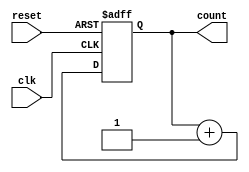
module async_reset_sync_counter #(
    parameter N = 4  // Parameter for the bit width of the counter
)(
    input wire clk,        // Clock input
    input wire reset,      // Asynchronous reset input
    output reg [N-1:0] count // N-bit counter output
);

// Always block for the counter functionality
always @(posedge clk or posedge reset) begin
    if (reset) begin
        count <= {N{1'b0}}; // Reset the counter to 0
    end else begin
        count <= count + 1; // Increment the counter
    end
end

endmodule